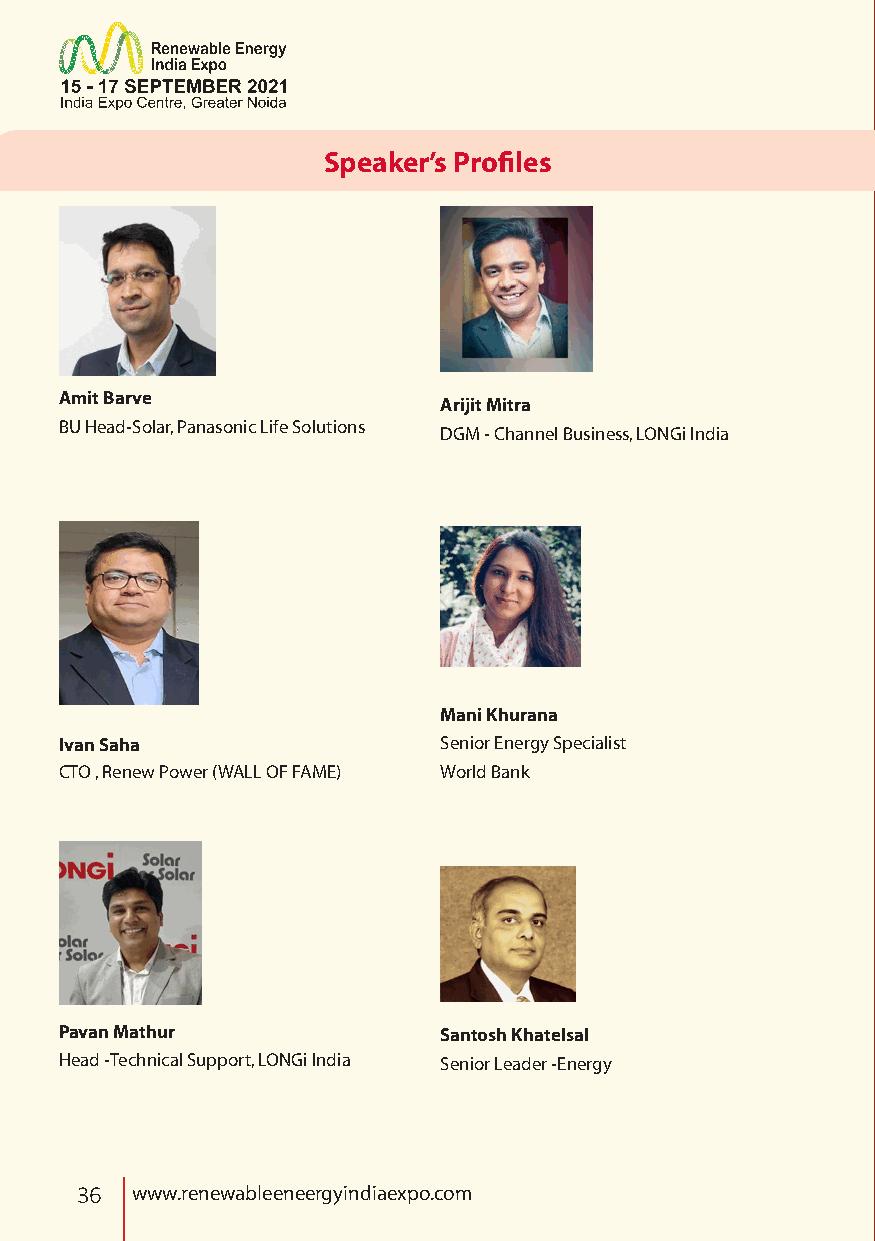
Speaker’s Profiles
 Amit Barve
 Arijit Mitra
 BU Head-Solar, Panasonic Life Solutions
 DGM - Channel Business, LONGi India
 Mani Khurana
 Ivan Saha                Senior Energy Specialist
 CTO , Renew Power (WALL OF FAME) World Bank
 Pavan Mathur             Santosh Khatelsal
 Head -Technical Support, LONGi India Senior Leader -Energy
 36  www.renewableeneergyindiaexpo.com